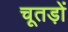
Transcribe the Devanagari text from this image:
चूतड़ों